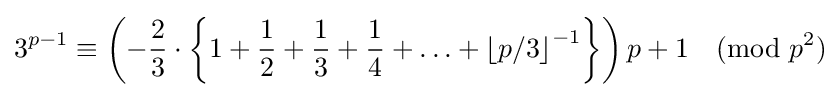
3^{p-1}\equiv \left(-{\frac {2}{3}}\cdot \left\{1+{\frac {1}{2}}+{\frac {1}{3}}+{\frac {1}{4}}+\ldots +\left\lfloor p/3\right\rfloor ^{-1}\right\}\right)p+1{\pmod {p^{2}}}